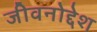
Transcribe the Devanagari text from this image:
जीवनोद्देश